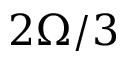
2 \Omega / 3